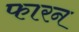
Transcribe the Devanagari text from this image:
फारन